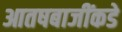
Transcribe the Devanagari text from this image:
आतषबाजींकडे